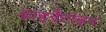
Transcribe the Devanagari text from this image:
हाइडैंटोइन